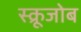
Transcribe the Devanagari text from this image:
स्क्रूजोब